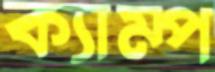
ক্যাম্প